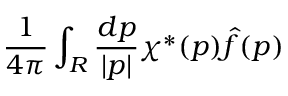
{ \frac { 1 } { 4 \pi } } \int _ { \cal R } { \frac { d p } { | p | } } \chi ^ { * } ( p ) { \hat { f } } ( p )